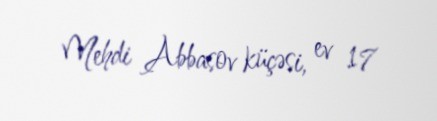
Mehdi Abbasov küçəsi, ev 17